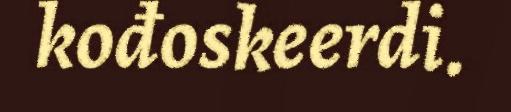
kođoskeerdi.